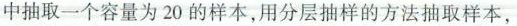
中抽取一个容量为20的样本，用分层抽样的方法抽取样本，